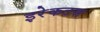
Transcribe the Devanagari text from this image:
इरेकटस